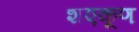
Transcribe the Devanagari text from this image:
शएकूण